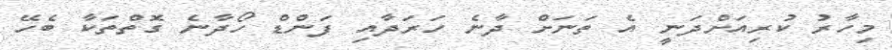
މިހާރު ކުރިއަށްދަނީ އެ ތަނަށް ދާނެ ހަރަދާއި ފަންޑް ހޯދާނެ ގޮތްތަކާ ބެހޭ